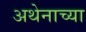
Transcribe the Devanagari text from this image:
अथेनाच्या